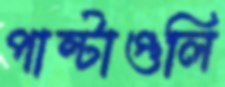
পাল্টাগুলি